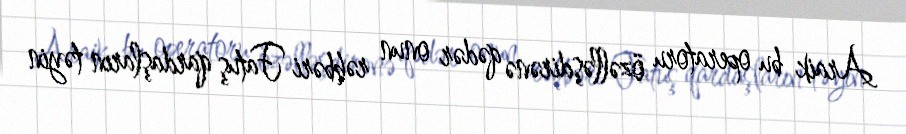
Araik bu operatoru özəlləşdirənə qədər onun rəhbəri Fatuş qardaşların təyin